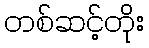
တစ်ဆင့်တိုး